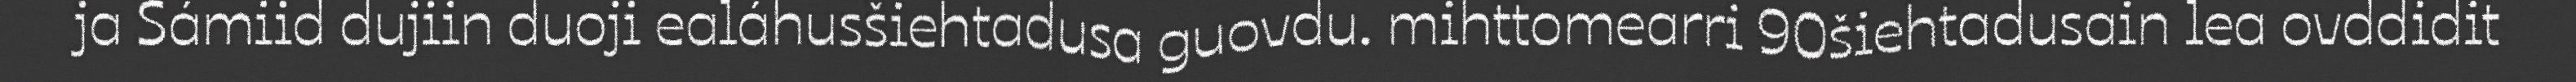
ja Sámiid dujiin duoji ealáhusšiehtadusa guovdu. mihttomearri 90šiehtadusain lea ovddidit